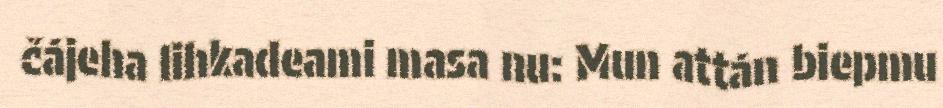
čájeha lihkadeami masa nu: Mun attán biepmu